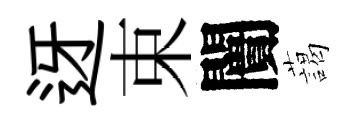
迓束闠藹